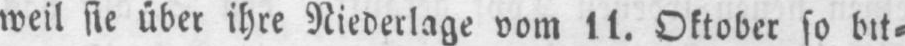
weil sie über ihre Niederlage vom 11. Oktober so bit⸗